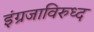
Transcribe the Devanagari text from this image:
इंग्रजाविरुध्द